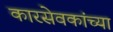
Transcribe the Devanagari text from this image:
कारसेवकांच्या